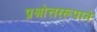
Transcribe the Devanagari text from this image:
प्रश्नोत्तररूपाने